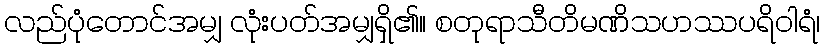
လည်ပုံတောင်အမျှ လုံးပတ်အမျှရှိ၏။ စတုရာသီတိမဏိသဟဿပရိဝါရံ၊